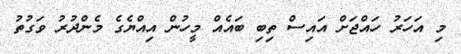
މި އަހަރު ހައްޖަށް އައިސް ތިބި ބައެއް މީހުން އިއްޔެގެ މެންދުރު ވަގުތު